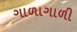
ગાળાગાળી